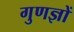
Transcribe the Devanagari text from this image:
गुणज्ञों